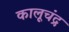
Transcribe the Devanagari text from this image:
कालूचंद्र